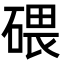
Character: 碨